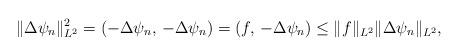
LaTeX: \begin{align*}\Vert \Delta \psi_{n} \Vert^{2}_{{L}^{2}} = (-\Delta \psi_{n}, \,-\Delta \psi_{n}) = (f,\, -\Delta \psi_{n})\leq \Vert f\Vert_{L^{2}} \Vert \Delta \psi_{n} \Vert_{{L}^{2}},\end{align*}